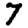
Digit: 7